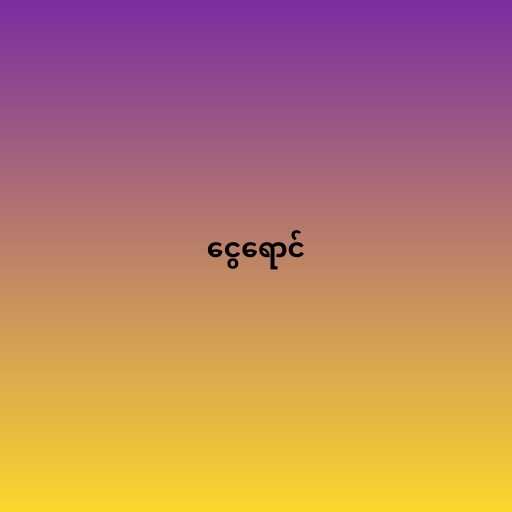
ငွေရောင်